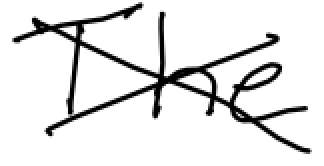
Text: The
Cross-out: cross
Writing tool: digital_black